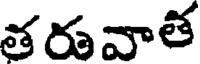
తరువాత